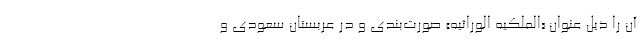
آن را ذیل عنوان «الملکیه الورّاثیه» صورت‌بندی و در عربستان سعودی و